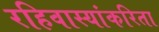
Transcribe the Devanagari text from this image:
रहिवास्यांकरिता